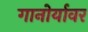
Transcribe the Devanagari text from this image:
गानोर्यावर